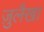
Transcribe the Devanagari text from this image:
ज़ुलैखा